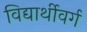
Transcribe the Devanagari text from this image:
विद्यार्थीवर्ग